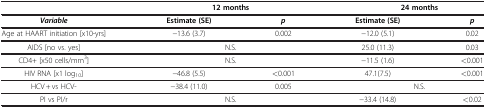
<table><thead><tr><td><b> </b></td><td colspan="2"><b>12 months</b></td><td colspan="2"><b>24 months</b></td></tr><tr><td><b><i>Variable</i></b></td><td><b>Estimate (SE)</b></td><td><b><i>p</i></b></td><td><b>Estimate (SE)</b></td><td><b><i>p</i></b></td></tr></thead><tbody><tr><td>Age at HAART initiation [x10-yrs]</td><td>−13.6 (3.7)</td><td>0.002</td><td>−12.0 (5.1)</td><td>0.02</td></tr><tr><td>AIDS [no vs. yes]</td><td colspan="2">N.S.</td><td>25.0 (11.3)</td><td>0.03</td></tr><tr><td>CD4+ [x50 cells/mm<sup>3</sup>]</td><td colspan="2">N.S.</td><td>−11.5 (1.6)</td><td>&lt;0.001</td></tr><tr><td>HIV RNA [x1 log<sub>10</sub>]</td><td>−46.8 (5.5)</td><td>&lt;0.001</td><td>47.1(7.5)</td><td>&lt;0.001</td></tr><tr><td>HCV + vs HCV-</td><td>−38.4 (11.0)</td><td>0.005</td><td colspan="2">N.S.</td></tr><tr><td>PI vs PI/r</td><td colspan="2">N.S.</td><td>−33.4 (14.8)</td><td>&lt;0.02</td></tr></tbody></table>